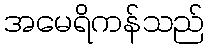
အမေရိကန်သည်